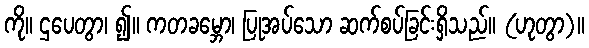
ကို။ ဌပေတွာ၊ ၍။ ကတခမ္ဘော၊ ပြုအပ်သော ဆက်စပ်ခြင်းရှိသည်။ (ဟုတွာ)။